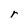
Character: r